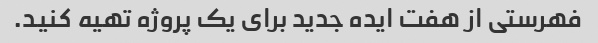
فهرستی از هفت ایده جدید برای یک پروژه تهیه کنید.